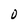
Character: 0